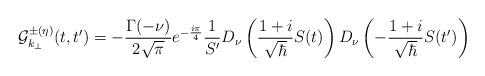
LaTeX: \begin{align*}{\cal{G}}_{k_\perp}^{\pm(\eta)}(t,t^\prime) = - {\Gamma(-\nu) \over 2 \sqrt{\pi}} e^{-{i \pi \over 4}} {1 \over S^\prime} D_\nu \left( {1+i \over \sqrt{\hbar}} S(t) \right) D_\nu \left( - {1+i \over \sqrt{\hbar}} S(t^\prime) \right)\end{align*}